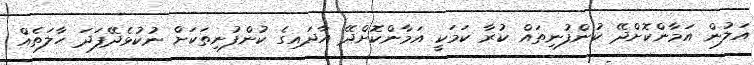
އަލުން އަމާންކޮށްދޭ ކުންފުނިތައް ކުރާ ކަމަކީ އަމާންކޮށްދޭ އާދައިގެ ކުންފުނިތަކަށް ނުކުޅެދޭފަދަ ހާލަތެއް